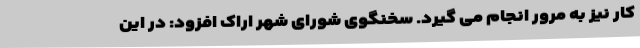
کار نیز به مرور انجام می گیرد. سخنگوی شورای شهر اراک افزود: در این